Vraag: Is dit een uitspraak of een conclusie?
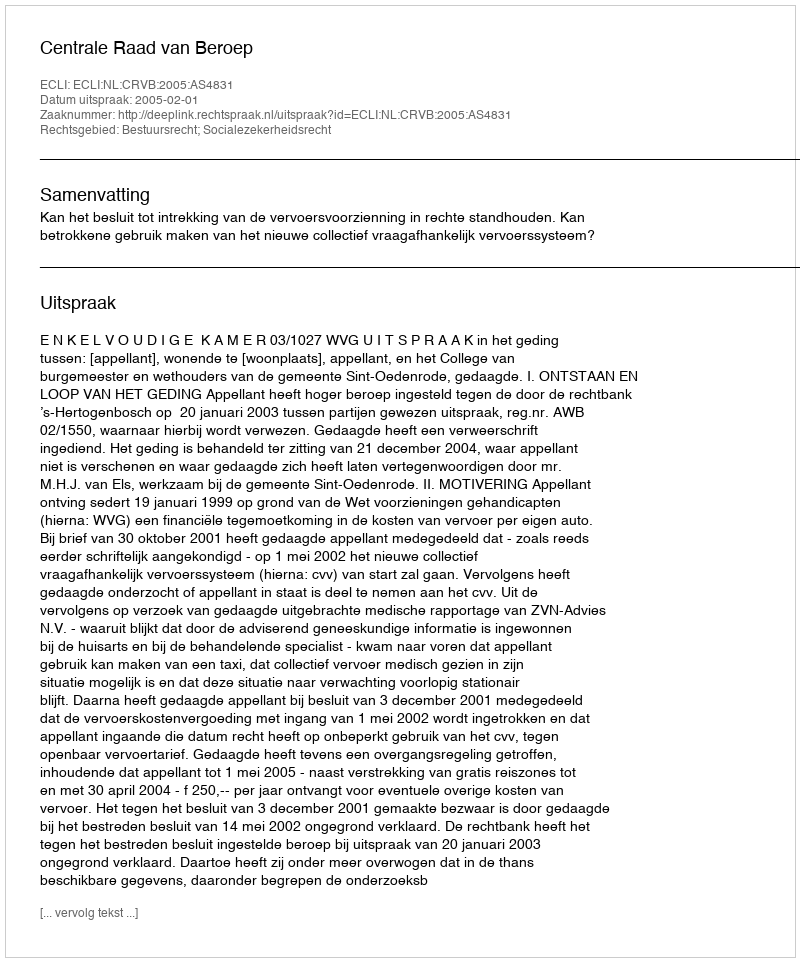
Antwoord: Uitspraak